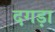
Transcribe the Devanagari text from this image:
दगड़ा